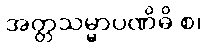
အတ္တသမ္မာပဏိဓိ စ၊